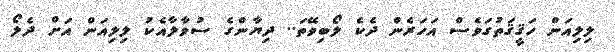
ލިލިއަން ހަޤީޤަތުގަވެސް އަހަރެން ދެކެ ލޯބިވޭތަ.. ދިޔާންގެ ސުވާލާއެކު ލިލިއަން އަށް ދެލޯ